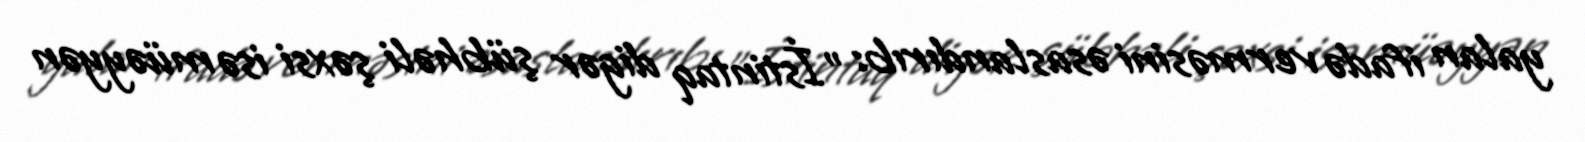
yalan ifadə verməsini əsaslandırıb: "İstintaq digər şübhəli şəxsi isə müəyyən